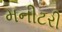
મનીટરી